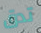
تدق